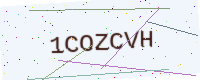
Text: 1COZCVH